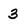
Character: 3